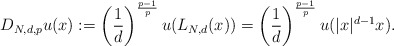
\begin{align*}D_{N,d,p}u(x):=\left( \frac{1}{d}\right) ^{\frac{p-1}{p}}u(L_{N,d}(x))=\left( \frac{1}{d}\right) ^{\frac{p-1}{p}}u(|x|^{d-1}x). \end{align*}